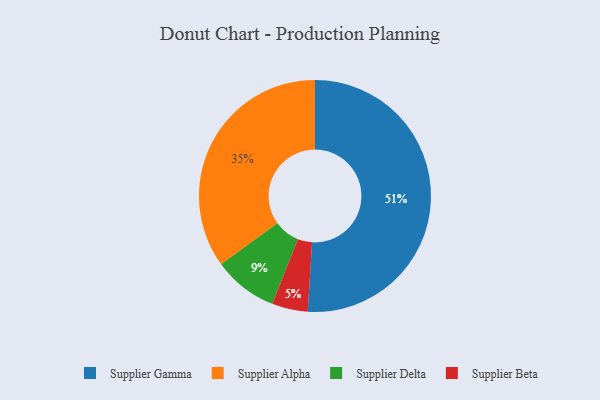
{"axis": {"x": "Category", "y": "Percentage"}, "legend": ["Supplier Alpha", "Supplier Beta", "Supplier Delta", "Supplier Gamma"], "data": [{"x": "Supplier Beta", "y": 5, "type": "Supplier Beta"}, {"x": "Supplier Delta", "y": 9, "type": "Supplier Delta"}, {"x": "Supplier Gamma", "y": 51, "type": "Supplier Gamma"}, {"x": "Supplier Alpha", "y": 35, "type": "Supplier Alpha"}]}